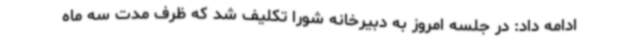
ادامه داد: در جلسه امروز به دبیرخانه شورا تکلیف شد که ظرف مدت سه ماه